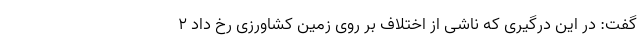
گفت: در این درگیری که ناشی از اختلاف بر روی زمین کشاورزی رخ داد ۲